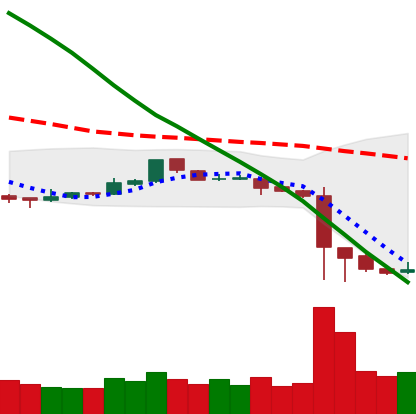
Ticker: ETC-USD
Chart end date: 2018-11-18
Forward return: -30.022%
Label: down_7plus